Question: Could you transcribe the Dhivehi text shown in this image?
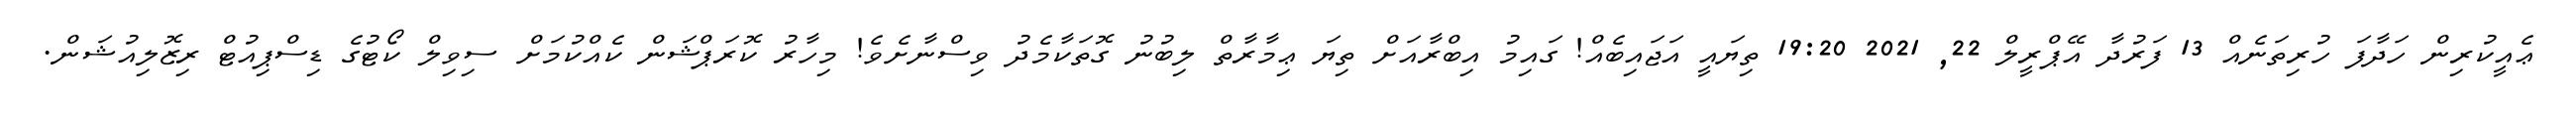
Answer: ޢެއީކުރިން ހަދާފަ ހުރިތަނެއް 13 ފަރުދާ އޭޕްރީލް 22, 2021 19:20 ތިޔައީ އަޖައިބެއް! ގައިމު އިބްރާއަށް ތިޔަ ޢިމާރާތް ލިބުނު ގޮތަކާމެދު ވިސްނާށެވެ! މިހާރު ކޮރަޕްޝަން ކެއްކުމަށް ސިވިލް ކޯޓުގެ ޑިސްޕިއުޓް ރިޒޮލިއުޝަން.